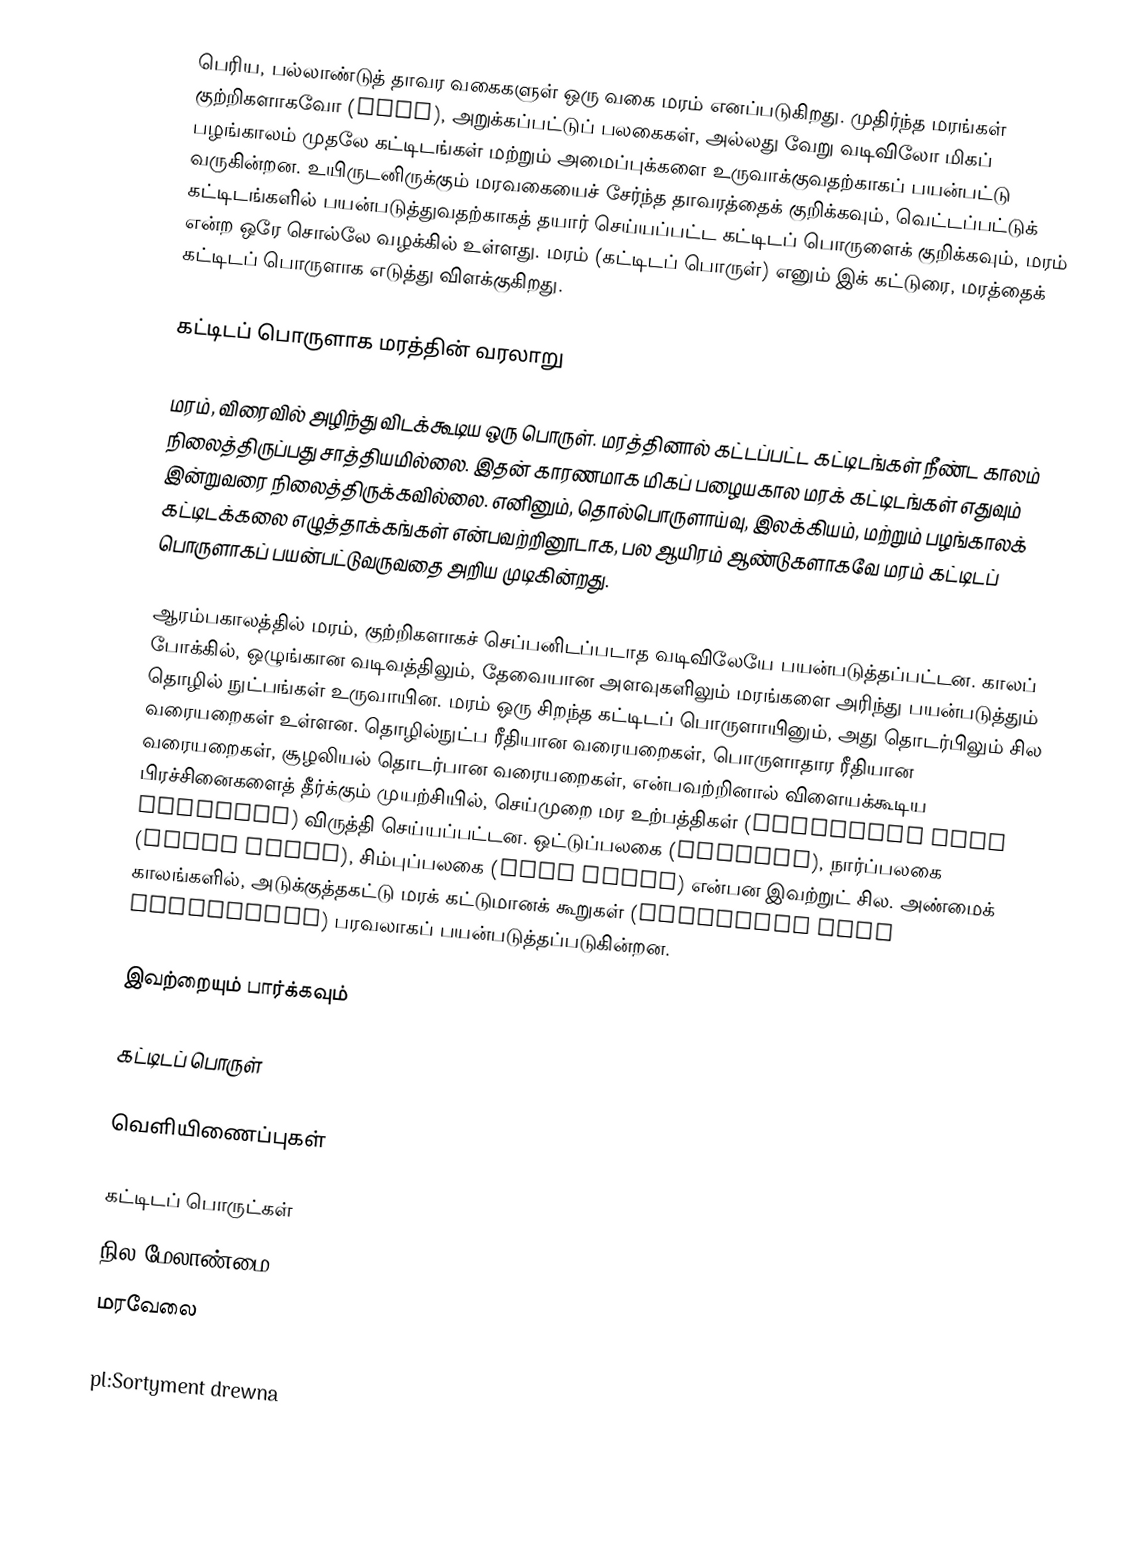
பெரிய, பல்லாண்டுத் தாவர வகைகளுள் ஒரு வகை மரம் எனப்படுகிறது. முதிர்ந்த மரங்கள் குற்றிகளாகவோ (logs), அறுக்கப்பட்டுப் பலகைகள், அல்லது வேறு வடிவிலோ மிகப் பழங்காலம் முதலே கட்டிடங்கள் மற்றும் அமைப்புக்களை உருவாக்குவதற்காகப் பயன்பட்டு வருகின்றன. உயிருடனிருக்கும் மரவகையைச் சேர்ந்த தாவரத்தைக் குறிக்கவும், வெட்டப்பட்டுக் கட்டிடங்களில் பயன்படுத்துவதற்காகத் தயார் செய்யப்பட்ட கட்டிடப் பொருளைக் குறிக்கவும், மரம் என்ற ஒரே சொல்லே வழக்கில் உள்ளது. மரம் (கட்டிடப் பொருள்) எனும் இக் கட்டுரை, மரத்தைக் கட்டிடப் பொருளாக எடுத்து விளக்குகிறது.

கட்டிடப் பொருளாக மரத்தின் வரலாறு

மரம், விரைவில் அழிந்து விடக்கூடிய ஒரு பொருள். மரத்தினால் கட்டப்பட்ட கட்டிடங்கள் நீண்ட காலம் நிலைத்திருப்பது சாத்தியமில்லை. இதன் காரணமாக மிகப் பழையகால மரக் கட்டிடங்கள் எதுவும் இன்றுவரை நிலைத்திருக்கவில்லை. எனினும், தொல்பொருளாய்வு, இலக்கியம், மற்றும் பழங்காலக் கட்டிடக்கலை எழுத்தாக்கங்கள் என்பவற்றினூடாக, பல ஆயிரம் ஆண்டுகளாகவே மரம் கட்டிடப் பொருளாகப் பயன்பட்டுவருவதை அறிய முடிகின்றது.

ஆரம்பகாலத்தில் மரம், குற்றிகளாகச் செப்பனிடப்படாத வடிவிலேயே பயன்படுத்தப்பட்டன. காலப் போக்கில், ஒழுங்கான வடிவத்திலும், தேவையான அளவுகளிலும் மரங்களை அரிந்து பயன்படுத்தும் தொழில் நுட்பங்கள் உருவாயின. மரம் ஒரு சிறந்த கட்டிடப் பொருளாயினும், அது தொடர்பிலும் சில வரையறைகள் உள்ளன. தொழில்நுட்ப ரீதியான வரையறைகள், பொருளாதார ரீதியான வரையறைகள், சூழலியல் தொடர்பான வரையறைகள், என்பவற்றினால் விளையக்கூடிய பிரச்சினைகளைத் தீர்க்கும் முயற்சியில், செய்முறை மர உற்பத்திகள் (processed wood products) விருத்தி செய்யப்பட்டன. ஒட்டுப்பலகை (plywood), நார்ப்பலகை (fibre board), சிம்புப்பலகை (chip board) என்பன இவற்றுட் சில. அண்மைக் காலங்களில், அடுக்குத்தகட்டு மரக் கட்டுமானக் கூறுகள் (laminated wood components) பரவலாகப் பயன்படுத்தப்படுகின்றன.

இவற்றையும் பார்க்கவும்

 கட்டிடப் பொருள்

வெளியிணைப்புகள்

கட்டிடப் பொருட்கள்
நில மேலாண்மை
மரவேலை

pl:Sortyment drewna